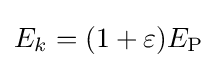
E_{k}=(1+\varepsilon )E_{\textrm {P}}